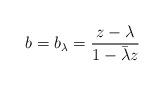
LaTeX: \begin{align*}b=b_{\lambda}=\frac{z-\lambda}{1-\bar{\lambda}z}\end{align*}